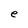
Character: e